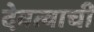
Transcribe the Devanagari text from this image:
देवत्वाची